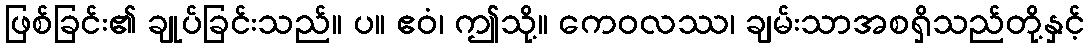
ဖြစ်ခြင်း၏ ချုပ်ခြင်းသည်။ ပ။ ဧဝံ၊ ဤသို့။ ကေဝလဿ၊ ချမ်းသာအစရှိသည်တို့နှင့်